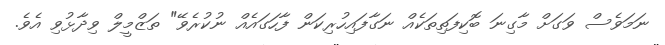
ނަމަވެސް ވަގަށް މާގިނަ ބޮކިފަތިތަކެއް ނަގާފައިހުރިކަން ފާހަގައެއް ނުކުރެވޭ" ތަޒްމީލް ވިދާޅުވި އެވެ.